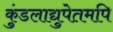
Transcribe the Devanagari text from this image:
कुंडलाद्युपेतमपि